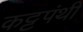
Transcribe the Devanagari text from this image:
कट्टपंथी